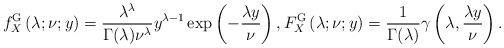
LaTeX: \begin{align*} f_X^{\rm G}\left( \lambda;\nu ;y\right)=\frac{ \lambda^ \lambda}{\Gamma( \lambda) \nu^ \lambda}y^{\lambda-1}\exp\left( - \frac{\lambda y}{\nu} \right), F_X^{\rm G}\left( \lambda;\nu ;y\right)=\frac{1}{\Gamma(\lambda)}\gamma\left ( \lambda,\frac{\lambda y}{\nu} \right ).\end{align*}